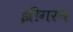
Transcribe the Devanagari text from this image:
झीगरन